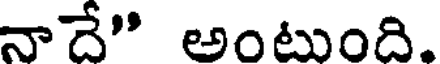
నాదే" అంటుంది.